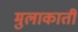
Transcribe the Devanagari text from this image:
मुलाकाती